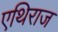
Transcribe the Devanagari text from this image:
एथिराज